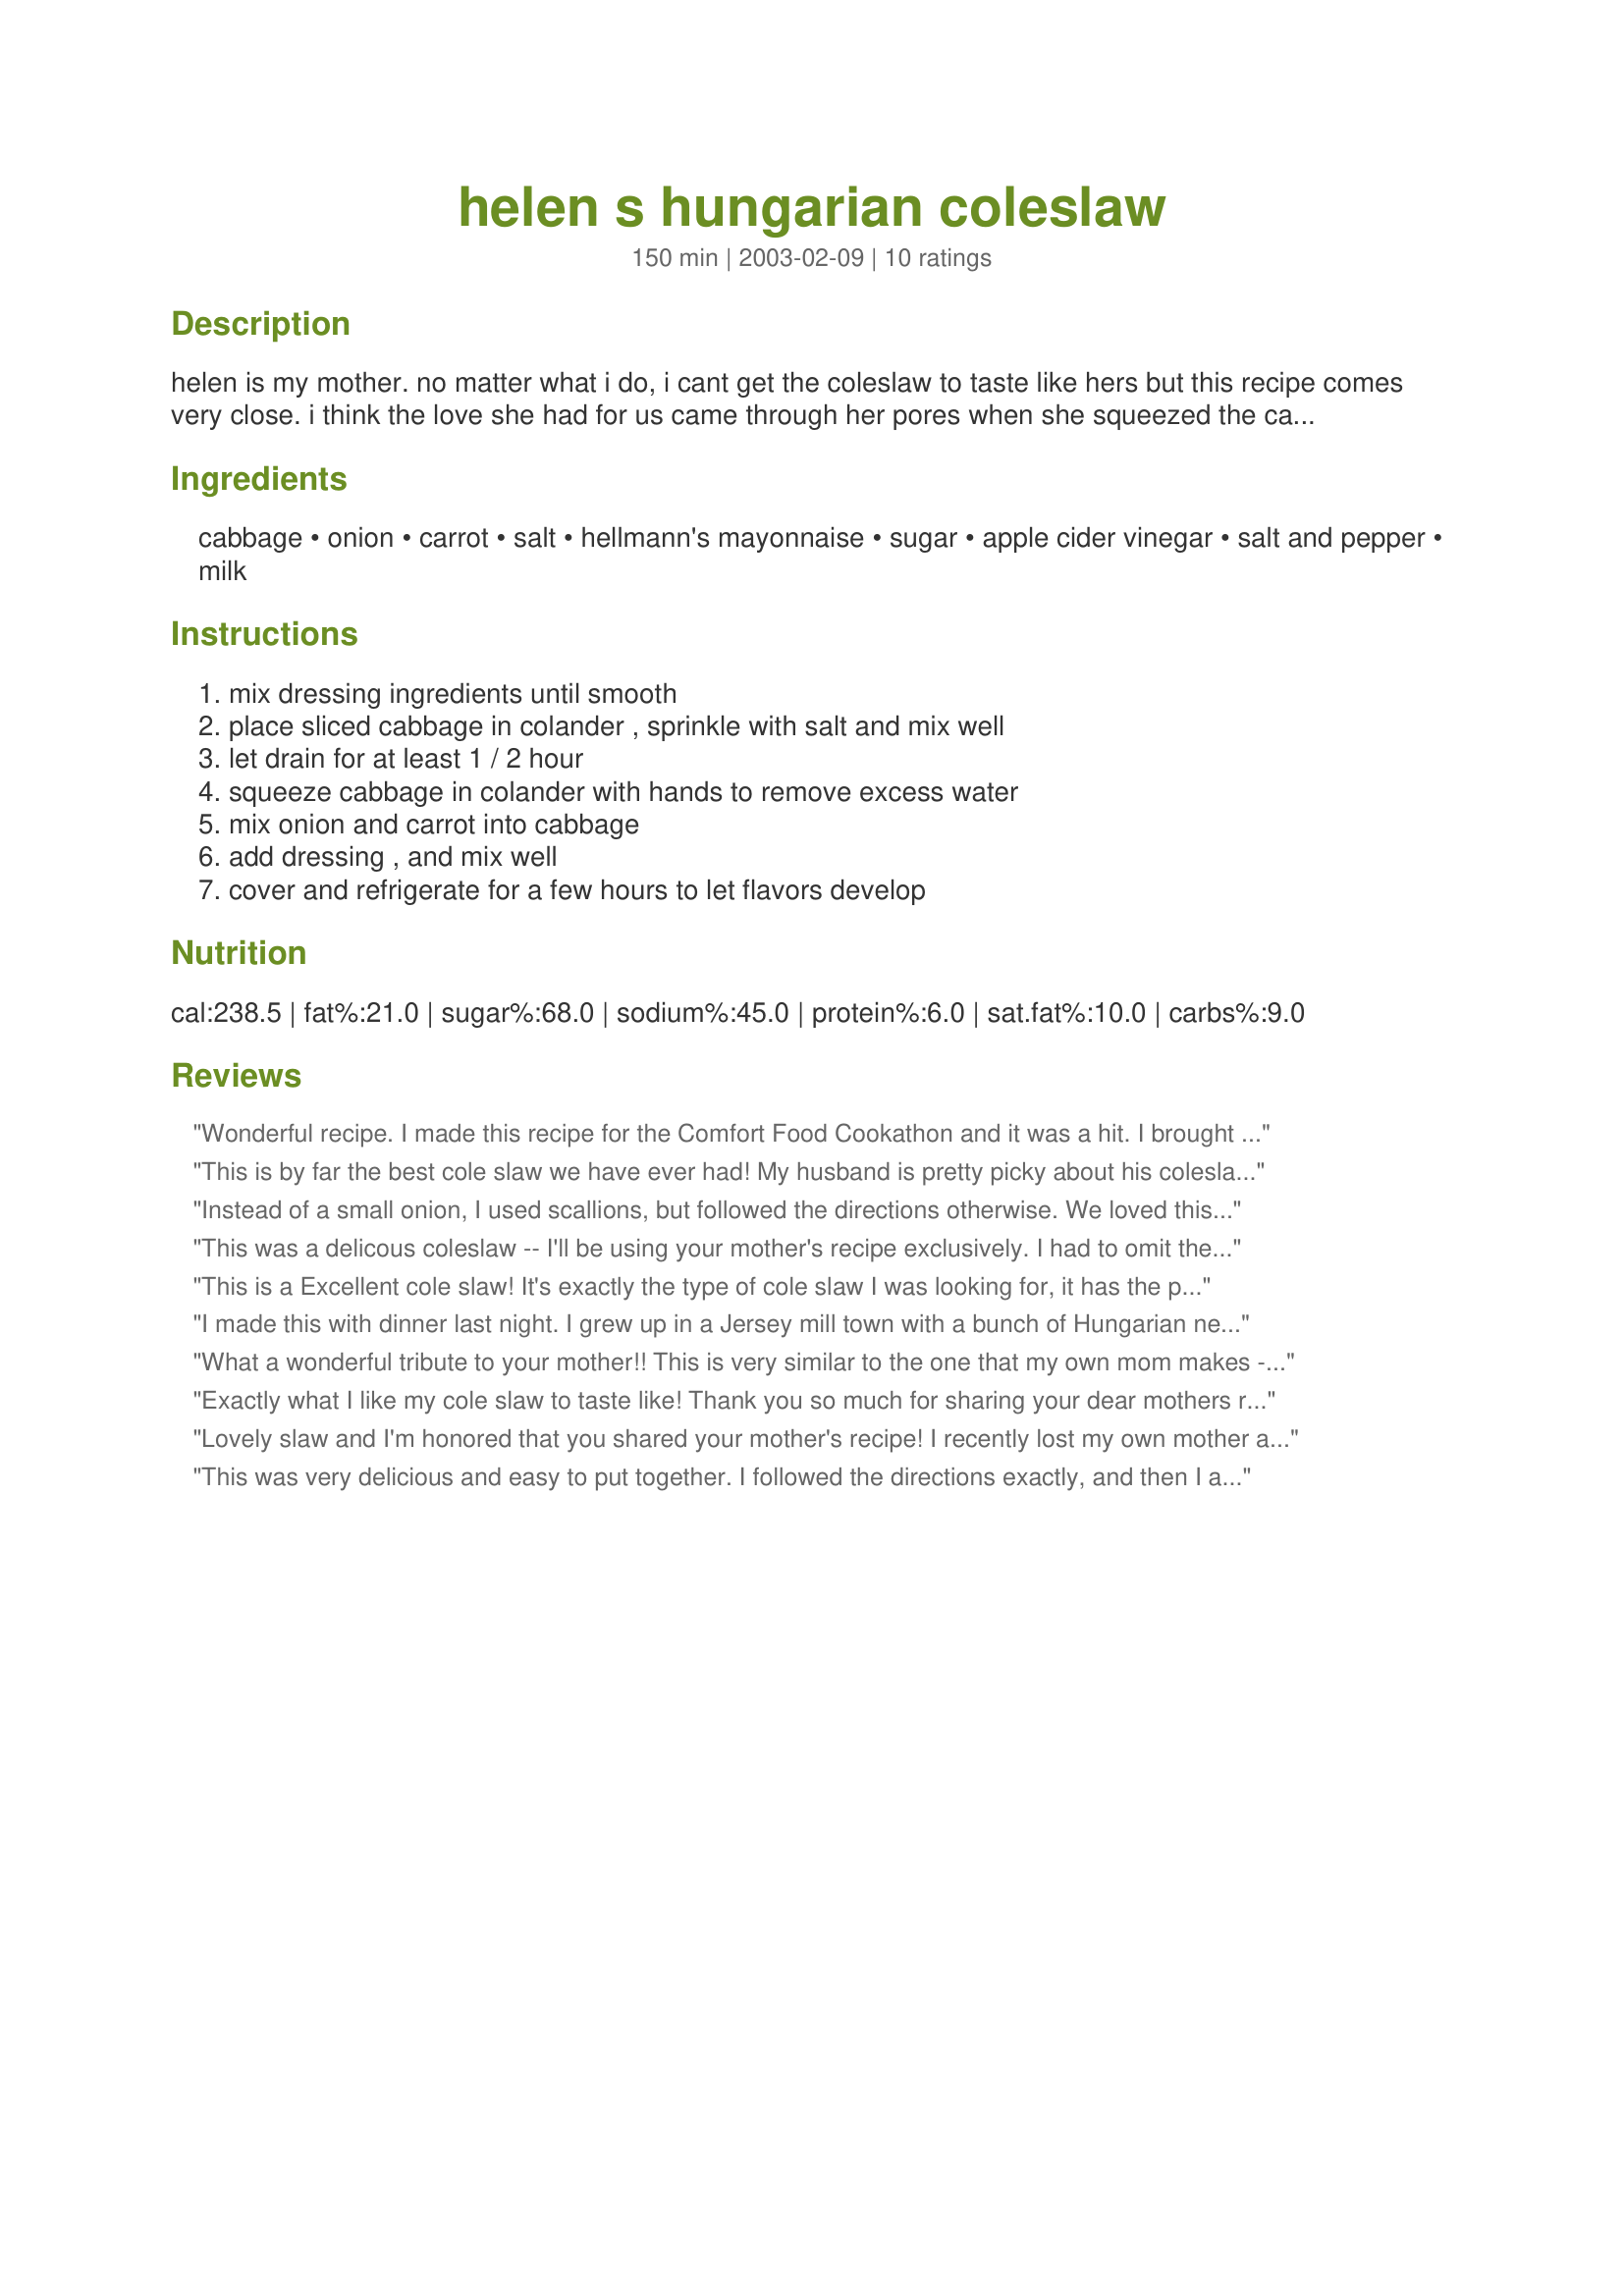
helen s hungarian coleslaw
Preparation time: 150 minutes

helen is my mother. no matter what i do, i cant get the coleslaw to taste like hers but this recipe comes very close. i think the love she had for us came through her pores when she squeezed the cabbage. cant buy that or duplicate it. thanks mom, i miss you terribly.

Ingredients:
cabbage, onion, carrot, salt, hellmann's mayonnaise, sugar, apple cider vinegar, salt and pepper, milk

Steps:
mix dressing ingredients until smooth, place sliced cabbage in colander , sprinkle with salt and mix well, let drain for at least 1 / 2 hour, squeeze cabbage in colander with hands to remove excess water, mix onion and carrot into cabbage, add dressing , and mix well, cover and refrigerate for a few hours to let flavors develop

Reviews:
Wonderful recipe. I made this recipe for the Comfort Food Cookathon and it was a hit. I brought it to work, along with two other Comfort Food Recipes, for a buffet at work. Directions were easy to follow. I didn't have to use all the dressing, I added it slowly and kept stirring it in. I'm sure that it will vary depending on the size of the cabbage. Thank you so much for sharing your mother's wonderful recipe. Many of the employees asked for a copy of this recipe. Your recipe was, one of three selections I made and prepared from "Zaar" Comfort Food and this cole slaw was also gone in ten minutes!!
This is by far the best cole slaw we have ever had! My husband is pretty picky about his coleslaw. His family is Hungarian, so I decided to give this one a try, and we all loved it! I did add just a touch of paprika to it (can't have anything Hungarian without paprika in it!) We even like the dressing so much, we're going to make a batch for regular salad dressing, too! Thanks for the great recipe!
Instead of a small onion, I used scallions, but followed the directions otherwise. We loved this recipe. DH said it was the best he'd tasted in a long time.
This was a delicous coleslaw -- I'll be using your mother's recipe exclusively. I had to omit the onions as some guests have an aversion, and I added 2 tsp. of Old Bay Seasoning as I like the celery seed flavoring in my slaws. Thank you for posting, Box O'Wine!
This is a Excellent cole slaw! It's exactly the type of cole slaw I was looking for, it has the perfect ingredients and was easy to make. I really like the part where you put the cabbage in a colander and sprinkle with salt and let it drain for a while, it sure solves the problem of the liquid in the bottom of your cole slaw. Thanks so much to your mom for such a wonderful recipe and to you for posting it.
I made this with dinner last night. I grew up in a Jersey mill town with a bunch of Hungarian neighbors and this is exactly how I remember it tasting. I did substitute Splenda for the sugar to help my lo-carb diet. Whole family says thanks!
What a wonderful tribute to your mother!! This is very similar to the one that my own mom makes - but I always guessed at the quantities as she never measures. Next time, I'll use red wine vinegar to make the dressing a tad sweeter. Thanx for posting!
Exactly what I like my cole slaw to taste like!
Thank you so much for sharing your dear mothers recipe!!!
Lovely slaw and I'm honored that you shared your mother's recipe! I recently lost my own mother and am waiting for her recipe collection to arrive from across the country to my grateful arms. They are invaluable to me and I can't wait to share a few at Zaar. As for this recipe, I used white wine vinegar instead of the cider vinegar and added 1 tbsp lemon juice because I like the tang. Thank you so much!
This was very delicious and easy to put together. I followed the directions exactly, and then I added some drained pineapple tidbits. Definitely a keeper.
